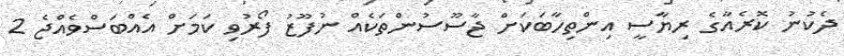
ދެކުނު ކޮރެއާގެ ރިޔާސީ އިންތިހާބަކަށް ޖާސޫސުންތަކެއް ނުފޫޒު ފޯރުވި ކަމަށް އެއްބަސްވެއްޖެ 2